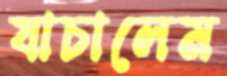
যাচালেম